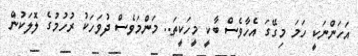
އަހަންނަކީ ހަމަ މިގޭގަ އެހާވެސް ބާކީ މީހަކީތަ.. މަންމަވެސް ދުވަހަކު ރުހުމުގެ ލޮލަކުން